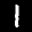
Label: 1